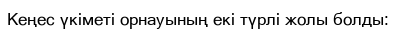
Кеңес үкіметі орнауының екі түрлі жолы болды: